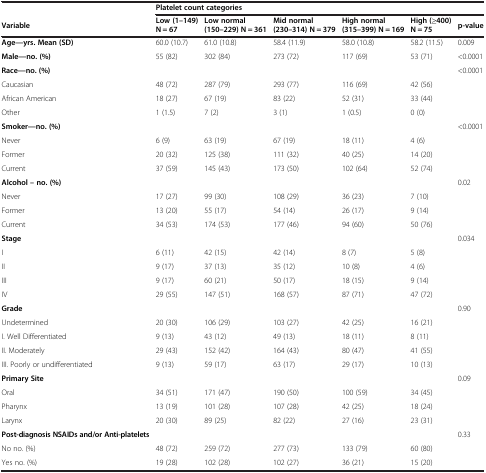
<table><thead><tr><td></td><td colspan="6"><b>Platelet count categories</b></td></tr><tr><td><b>Variable</b></td><td><b>Low (1–149) N = 67</b></td><td><b>Low normal (150–229) N = 361</b></td><td><b>Mid normal (230–314) N = 379</b></td><td><b>High normal (315–399) N = 169</b></td><td><b>High (≥400) N = 75</b></td><td><b>p-value</b></td></tr></thead><tbody><tr><td><b>Age—yrs. Mean (SD)</b></td><td>60.0 (10.7)</td><td>61.0 (10.8)</td><td>58.4 (11.9)</td><td>58.0 (10.8)</td><td>58.2 (11.5)</td><td>0.009</td></tr><tr><td><b>Male—no. (%)</b></td><td>55 (82)</td><td>302 (84)</td><td>273 (72)</td><td>117 (69)</td><td>53 (71)</td><td>&lt;0.0001</td></tr><tr><td><b>Race—no. (%)</b></td><td></td><td></td><td></td><td></td><td></td><td>&lt;0.0001</td></tr><tr><td>Caucasian</td><td>48 (72)</td><td>287 (79)</td><td>293 (77)</td><td>116 (69)</td><td>42 (56)</td><td></td></tr><tr><td>African American</td><td>18 (27)</td><td>67 (19)</td><td>83 (22)</td><td>52 (31)</td><td>33 (44)</td><td></td></tr><tr><td>Other</td><td>1 (1.5)</td><td>7 (2)</td><td>3 (1)</td><td>1 (0.5)</td><td>0 (0)</td><td></td></tr><tr><td><b>Smoker—no. (%)</b></td><td></td><td></td><td></td><td></td><td></td><td>&lt;0.0001</td></tr><tr><td>Never</td><td>6 (9)</td><td>63 (19)</td><td>67 (19)</td><td>18 (11)</td><td>4 (6)</td><td></td></tr><tr><td>Former</td><td>20 (32)</td><td>125 (38)</td><td>111 (32)</td><td>40 (25)</td><td>14 (20)</td><td></td></tr><tr><td>Current</td><td>37 (59)</td><td>145 (43)</td><td>173 (50)</td><td>102 (64)</td><td>52 (74)</td><td></td></tr><tr><td><b>Alcohol – no. (%)</b></td><td></td><td></td><td></td><td></td><td></td><td>0.02</td></tr><tr><td>Never</td><td>17 (27)</td><td>99 (30)</td><td>108 (29)</td><td>36 (23)</td><td>7 (10)</td><td></td></tr><tr><td>Former</td><td>13 (20)</td><td>55 (17)</td><td>54 (14)</td><td>26 (17)</td><td>9 (14)</td><td></td></tr><tr><td>Current</td><td>34 (53)</td><td>174 (53)</td><td>177 (46)</td><td>94 (60)</td><td>50 (76)</td><td></td></tr><tr><td><b>Stage</b></td><td></td><td></td><td></td><td></td><td></td><td>0.034</td></tr><tr><td>I</td><td>6 (11)</td><td>42 (15)</td><td>42 (14)</td><td>8 (7)</td><td>5 (8)</td><td></td></tr><tr><td>II</td><td>9 (17)</td><td>37 (13)</td><td>35 (12)</td><td>10 (8)</td><td>4 (6)</td><td></td></tr><tr><td>III</td><td>9 (17)</td><td>60 (21)</td><td>50 (17)</td><td>18 (15)</td><td>9 (14)</td><td></td></tr><tr><td>IV</td><td>29 (55)</td><td>147 (51)</td><td>168 (57)</td><td>87 (71)</td><td>47 (72)</td><td></td></tr><tr><td><b>Grade</b></td><td></td><td></td><td></td><td></td><td></td><td>0.90</td></tr><tr><td>Undetermined</td><td>20 (30)</td><td>106 (29)</td><td>103 (27)</td><td>42 (25)</td><td>16 (21)</td><td></td></tr><tr><td>I. Well Differentiated</td><td>9 (13)</td><td>43 (12)</td><td>49 (13)</td><td>18 (11)</td><td>8 (11)</td><td></td></tr><tr><td>II. Moderately</td><td>29 (43)</td><td>152 (42)</td><td>164 (43)</td><td>80 (47)</td><td>41 (55)</td><td></td></tr><tr><td>III. Poorly or undifferentiated</td><td>9 (13)</td><td>59 (17)</td><td>63 (17)</td><td>29 (17)</td><td>10 (13)</td><td></td></tr><tr><td><b>Primary Site</b></td><td></td><td></td><td></td><td></td><td></td><td>0.09</td></tr><tr><td>Oral</td><td>34 (51)</td><td>171 (47)</td><td>190 (50)</td><td>100 (59)</td><td>34 (45)</td><td></td></tr><tr><td>Pharynx</td><td>13 (19)</td><td>101 (28)</td><td>107 (28)</td><td>42 (25)</td><td>18 (24)</td><td></td></tr><tr><td>Larynx</td><td>20 (30)</td><td>89 (25)</td><td>82 (22)</td><td>27 (16)</td><td>23 (31)</td><td></td></tr><tr><td><b>Post-diagnosis NSAIDs and/or Anti-platelets</b></td><td></td><td></td><td></td><td></td><td></td><td>0.33</td></tr><tr><td>No no. (%)</td><td>48 (72)</td><td>259 (72)</td><td>277 (73)</td><td>133 (79)</td><td>60 (80)</td><td></td></tr><tr><td>Yes no. (%)</td><td>19 (28)</td><td>102 (28)</td><td>102 (27)</td><td>36 (21)</td><td>15 (20)</td><td></td></tr></tbody></table>